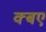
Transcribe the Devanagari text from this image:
क्बए